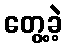
တွေ့ခဲ့